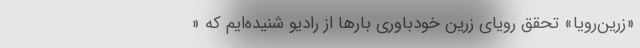
«زرین‌رویا» تحقق رویای زرین خودباوری بارها از رادیو شنیده‌ایم که «